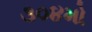
૩૦૪મો